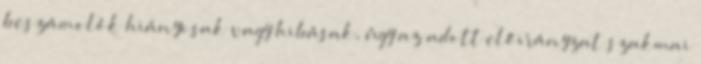
beszámolók hiányosak vagy hibásak, úgy az adott előirányzat szakmai